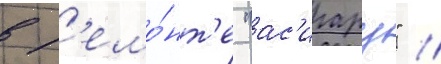
в р'емо́нт'е "ас'игару" //